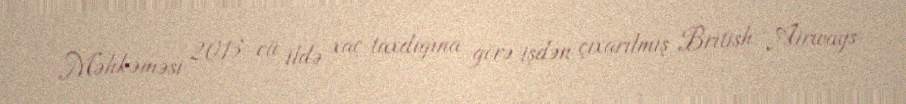
Məhkəməsi 2013-cü ildə xaç taxdığına görə işdən çıxarılmış British Airways